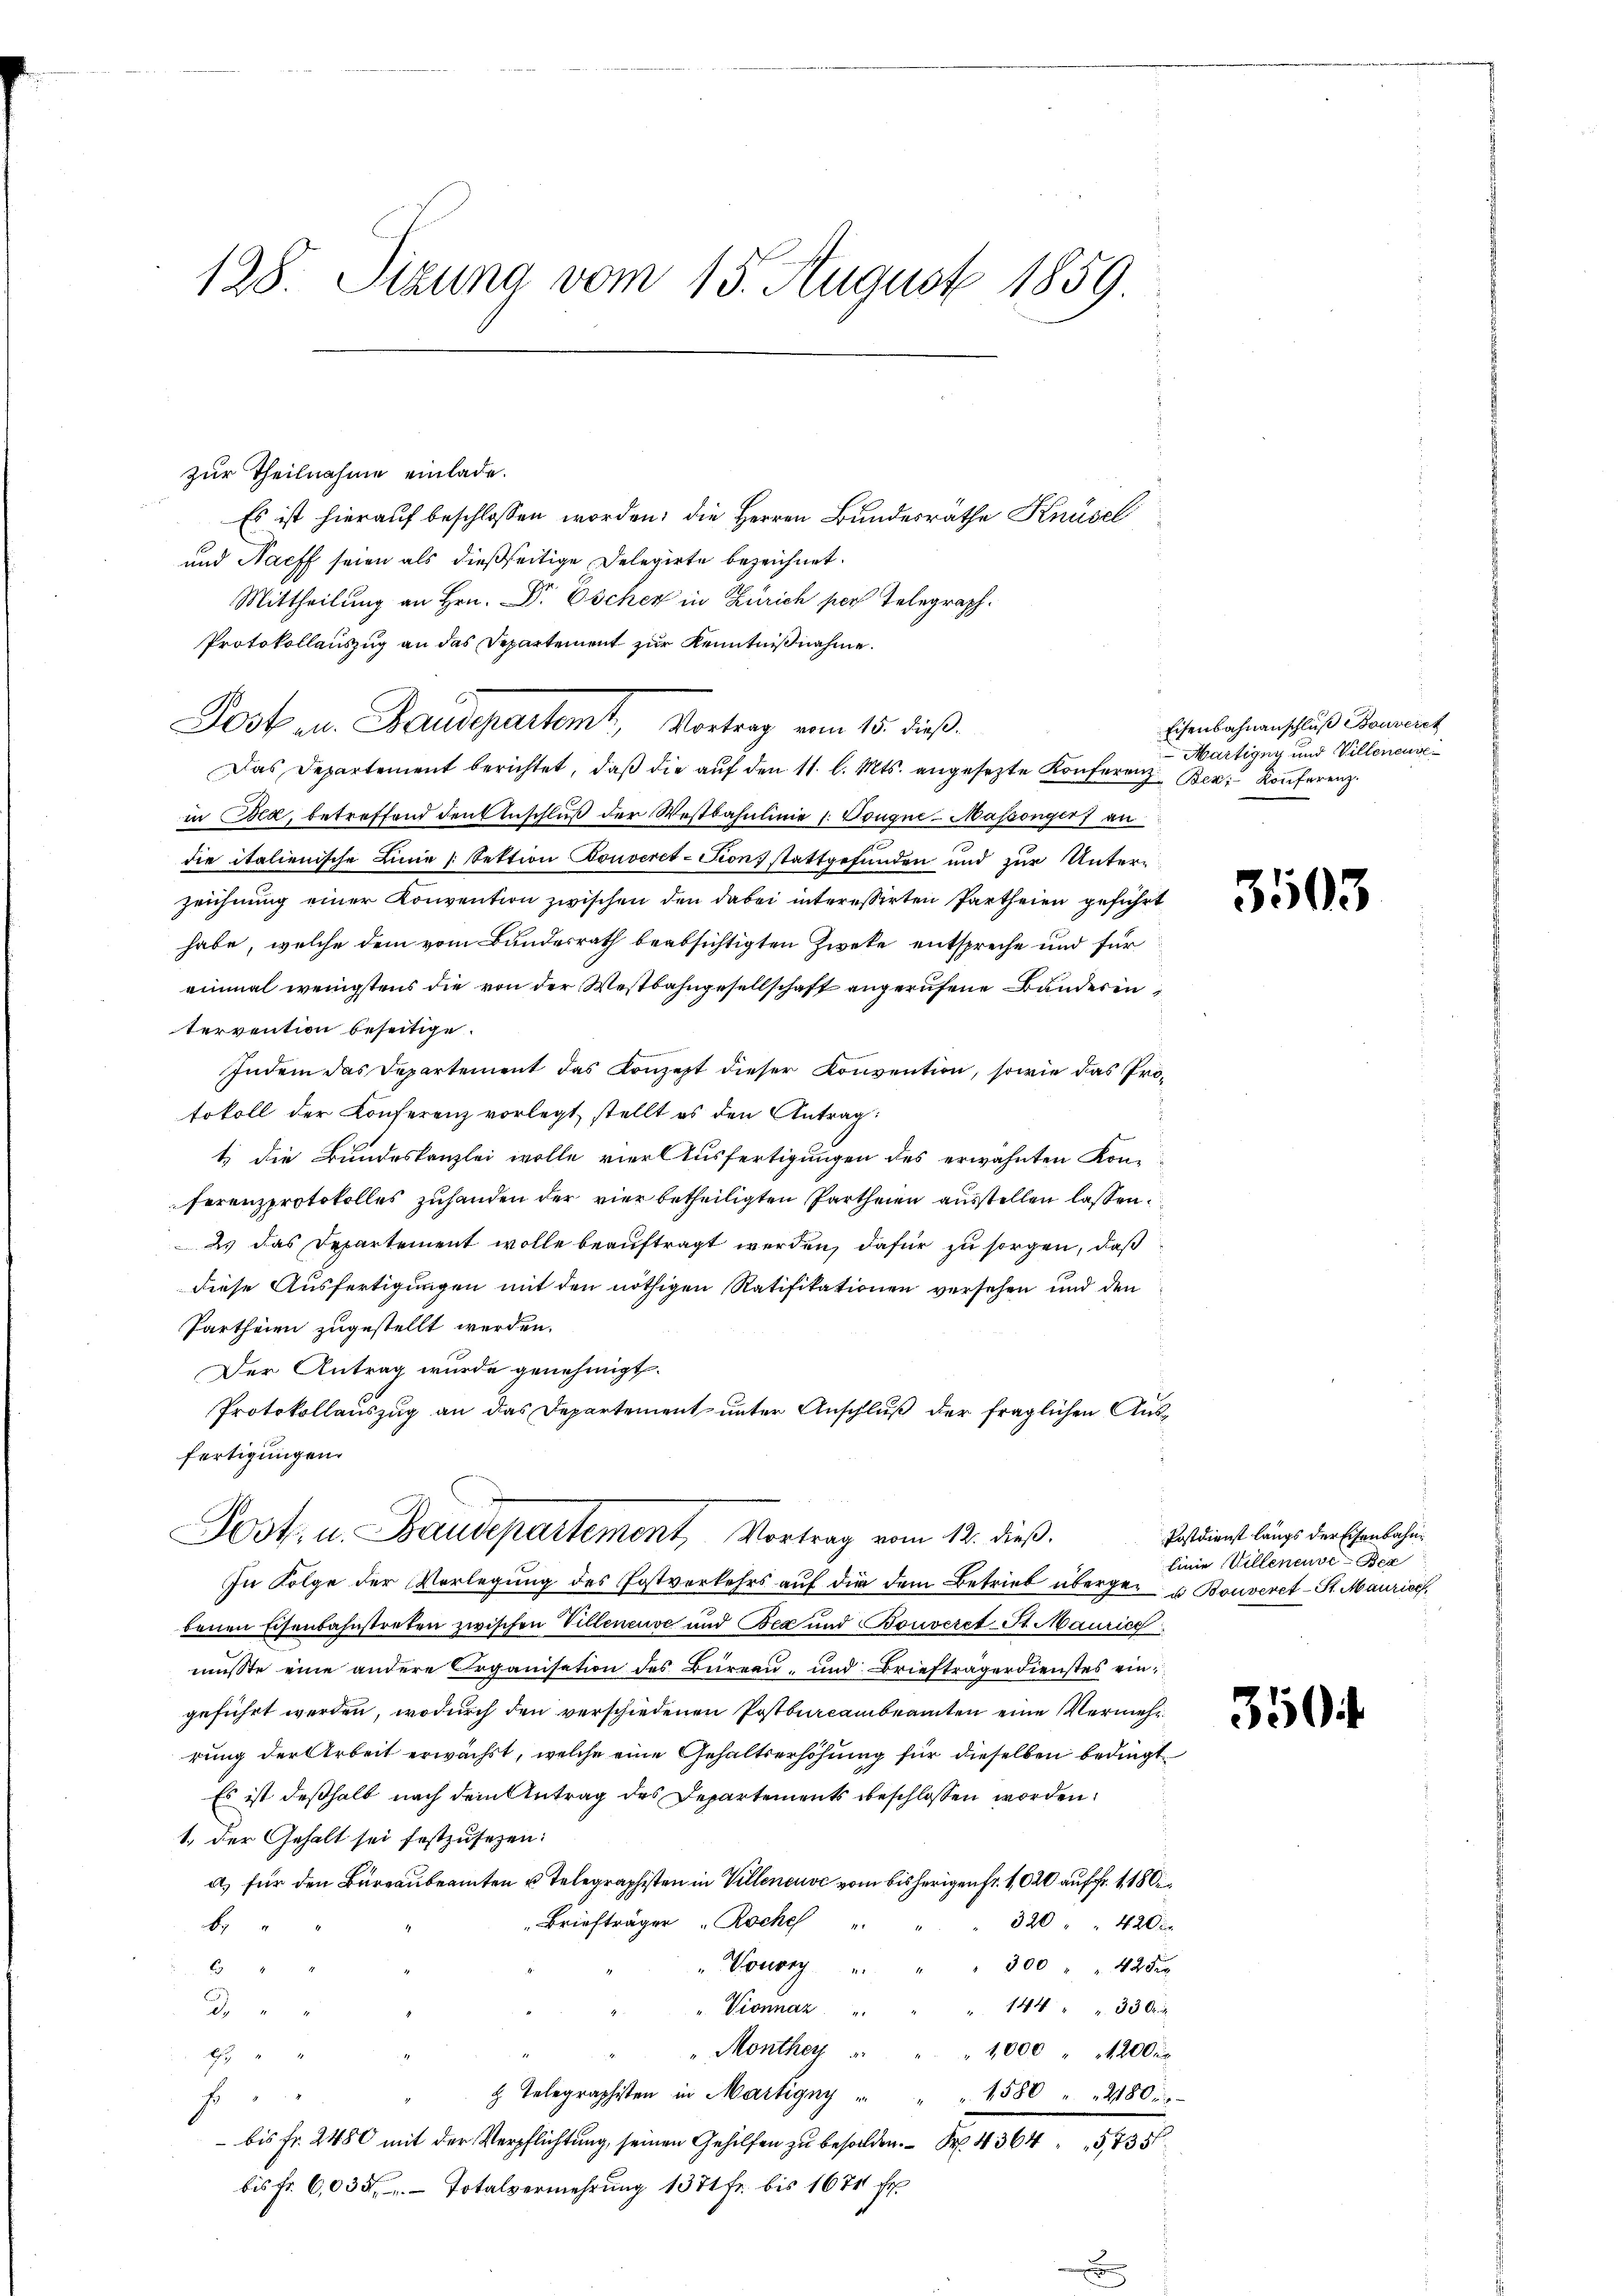
128. Sizung vom 15. August 1859.

zur Theilnahme einlade.
Es ist hierauf beschlossen worden; die Herren Bundesräthe Knüsel
und Nach seien als dießseitige Delegirte bezeichnet.
Mittheilung an Hrn. Dr Escher in Zürich per Telegraph.
Protokollauszug an das Departement zur Kenntnißnahme.
Das Departement berichtet, daß die auf den 11. l. Mts. angesezte Konferenz Bern Konferenz
in Bed, betreffend den Anschluß der Westbahnlinie 1. Bougne- Massongirt an
die italienische Linie Sektion Bonveret-Tion, stattgefunden und zur Untern
zeichnung einer Konvention zwischen den dabei interessirten Partheien geführt
habe, welche dem vom Bundesrath beabsichtigten Zweke entspreche und für
einmal wenigstens die von der Westbahngesellschaft angerufene Bänderen,
tervention beseitige.
Indem das Departement das Konzept dieser Konvention, sowie das Protokoll der Conferenz vorlegt, stellt es den Antrag:
t) die Bundeskanzlei wolle vier Ausfertigungen des erwähnten Kon-
ferenzprotokolles zuhanden der vier betheiligten Partheien ausstellen lassen.
ds das Departement wolle beauftragt werden, dafür zu sorgen, daß
diese Ausfertigungen mit den nöthigen Ratifikationen versehen und den
Partheien zugestellt werden.
Der Antrag wurde genehmigt.
Protokollauszug an das Departement unter Anschluß der fraglichen Ausfertigungen.
Post. u. Baudepartement, Vortrag vom 12. dieß.
In Folge der Vorlegung des Postverkehrs auf die dem Betrieb überger- u Bouveret St. Maurice
benen Eisenbahnstreten zwischen Villeneuve und Bex und Bonveret St. Maurice
musste eine andere Organisation des Bureau, und Briefträgerdienstes eingeführt werden, wodurch den verschiedenen Postburcambeamten eine Vermehrrung der Arbeit erwächst, welche eine Gehaltserhöhung für dieselben bedingt
Es ist deßhalb nach dem Antrag des Departements beschlossen worden.
1. Der Gehalt sei festzusetzen:
a) für den Büreaubeamten u. Telegraphisten in Villeneuve vom bisherigen Fr. 1020 auf Fr. 1180
Briefträger " Roche "
320 " " 420 x
be
Vonog
300 " " 42 di
E
" 144 " " 330
Vionnaz
3
" Monthey
1,000 " 1200fr.
b
 Telegraphisten in Martigny
1580 " " 2180
s
- bis Fr. 2480 mit der Verpflichtung, seinen Gehilfen zu besolden. Fr. 364, 735
bis Fr. 6,035 Totalvermehrung 1371 fr. bis 1674 f

Post au. Baudepartet, Vortrag vom 15. dieß

Eisenbahnanschluß Bouvereh
Martigny und Villeneuve

3503

Postdienst längs der Eisenbahnlinie, Villeneuve-Ber

350